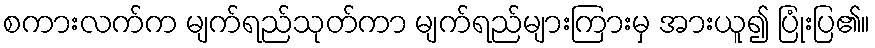
စကားလက်က မျက်ရည်သုတ်ကာ မျက်ရည်များကြားမှ အားယူ၍ ပြုံးပြ၏။